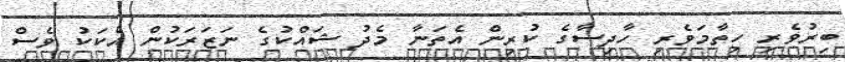
ބިރުވެރި ހިތާމަވެރި ހާދިސާގެ ކުރިން އެތަނާ މެދު ޝައްކުގެ ނަޒަރަކުން އެކަކު ވެސް